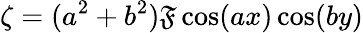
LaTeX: \zeta=(a^{2}+b^{2})\mathfrak{F}\cos(ax)\cos(by)